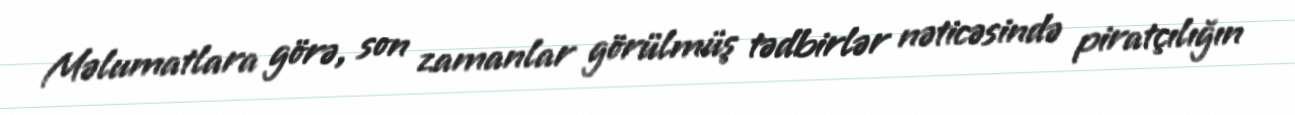
Məlumatlara görə, son zamanlar görülmüş tədbirlər nəticəsində piratçılığın